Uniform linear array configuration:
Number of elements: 12
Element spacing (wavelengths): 0.75
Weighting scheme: binomial
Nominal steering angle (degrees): -30
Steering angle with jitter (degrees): -31.804
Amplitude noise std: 0.05
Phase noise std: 0.05

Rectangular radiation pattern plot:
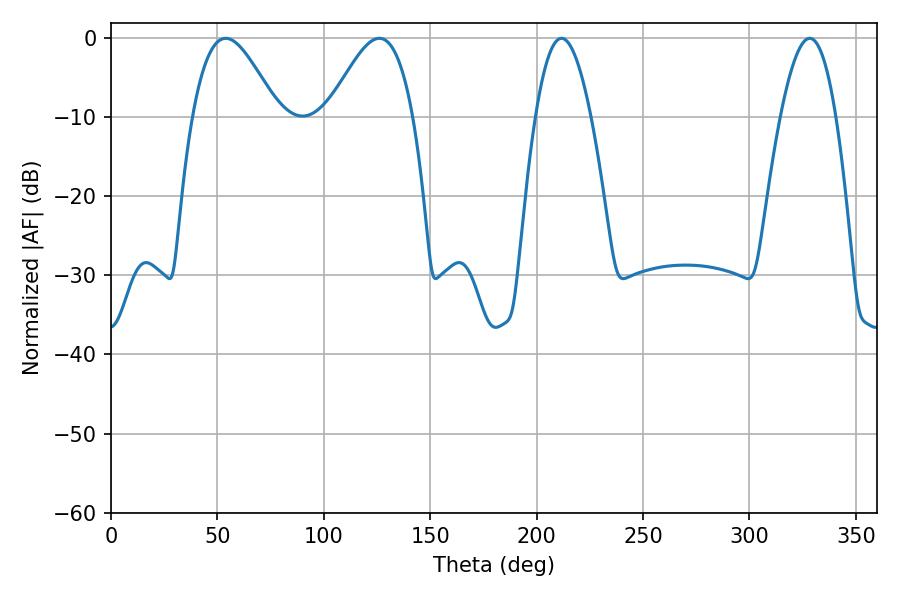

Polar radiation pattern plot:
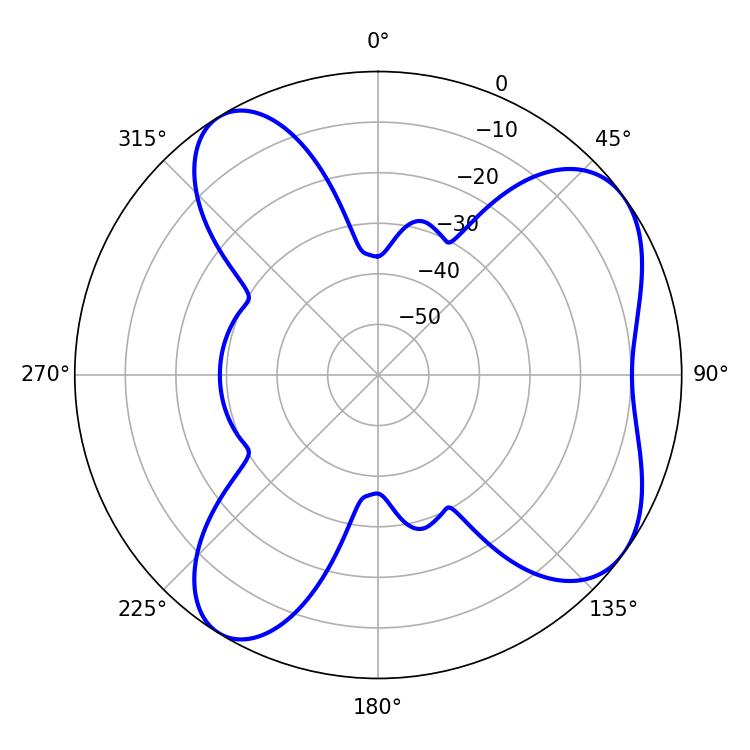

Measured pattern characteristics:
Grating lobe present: TRUE
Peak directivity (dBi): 6.726
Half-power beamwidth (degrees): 14.22
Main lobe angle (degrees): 211.68